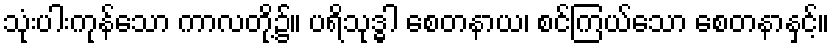
သုံးပါးကုန်သော ကာလတို့၌။ ပရိသုဒ္ဓါ စေတနာယ၊ စင်ကြယ်သော စေတနာနှင့်။